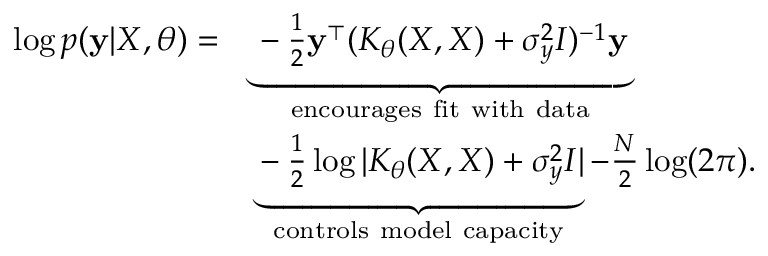
\begin{array} { r l } { \log p ( \mathbf { y } | X , \theta ) = } & { \underbrace { - \frac { 1 } { 2 } \mathbf { y } ^ { \top } ( K _ { \theta } ( X , X ) + \sigma _ { y } ^ { 2 } I ) ^ { - 1 } \mathbf { y } } _ { \mathrm { e n c o u r a g e s ~ f i t ~ w i t h ~ d a t a } } } \\ & { \underbrace { - \frac { 1 } { 2 } \log | K _ { \theta } ( X , X ) + \sigma _ { y } ^ { 2 } I | } _ { \mathrm { c o n t r o l s ~ m o d e l ~ c a p a c i t y } } - \frac { N } { 2 } \log ( 2 \pi ) . } \end{array}